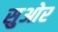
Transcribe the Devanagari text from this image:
सुओर